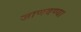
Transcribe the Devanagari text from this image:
जाणवण्या